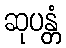
ဆုပန္တံ